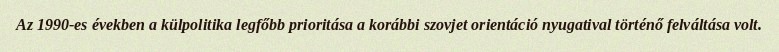
Az 1990-es években a külpolitika legfőbb prioritása a korábbi szovjet orientáció nyugatival történő felváltása volt.